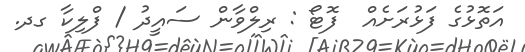
އަތޮޅުގެ ފަޅުރަށެއް  ފޮޓޯ : ރިލްވާން ސައީދު / ފްލިކާ ގދ.